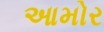
આમોર